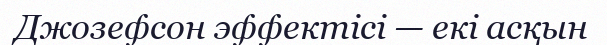
Джозефсон эффектісі — екі асқын